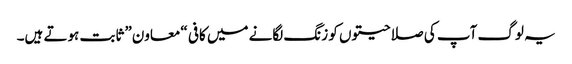
یہ لوگ آپ کی صلاحیتوں کو زنگ لگانے میں کافی “معاون” ثابت ہوتے ہیں۔